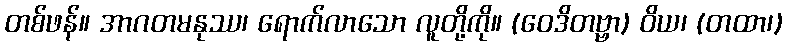
တစ်ဖန်။ အာဂတမနုဿ၊ ရောက်လာသော လူတို့ကို။ (ဝေဒိတဗ္ဗာ) ဝိယ၊ (တထာ၊)